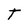
Character: T